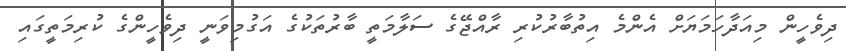
ދިވެހީން މިއަދާހަމަޔަަށް އެންމެ އިތުބާރުކުރި ރާއްޖޭގެ ސަލާމަތީ ބާރުތަކުގެ އަގުމިވަނީ ދިވެހީންގެ ކުރިމަތީގައި